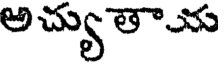
అచ్యుతాచు